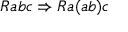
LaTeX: R a b c \Rightarrow R a ( a b ) c